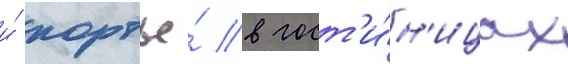
и́ портье́ в гост'и́н'ицах